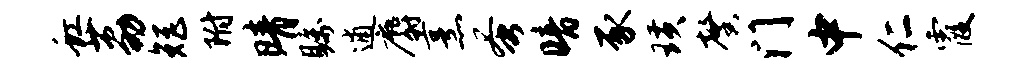
虹荔矩附晴瞩逋麝烹蚤暗豕璜馨门中仁霞